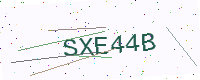
Text: SXE44B